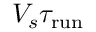
V _ { s } \tau _ { \mathrm { r u n } }